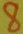
Text: 8